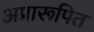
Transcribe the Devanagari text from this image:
अप्रारूपित